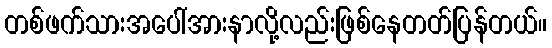
တစ်ဖက်သားအပေါ်အားနာလို့လည်းဖြစ်နေတတ်ပြန်တယ်။